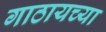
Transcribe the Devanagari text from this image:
गाठायच्या